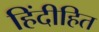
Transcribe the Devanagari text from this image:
हिंदीहित